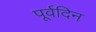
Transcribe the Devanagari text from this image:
पूर्वदिन